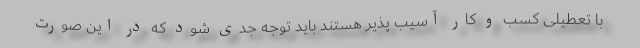
با تعطیلی کسب و کار آسیب پذیر هستند باید توجه جدی شود که در این صورت